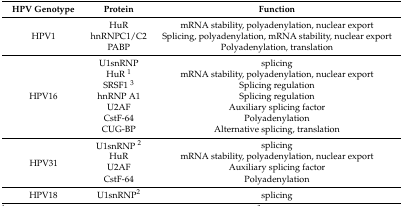
| HPV Genotype | Protein | Function |
 | --- | --- | --- |
 | <ROWSPAN=3> HPV1 | HuR | mRNA stability, polyadenylation, nuclear export |
 | hnRNPC1/C2 | Splicing, polyadenylation, mRNA stability, nuclear export |
 | PABP | Polyadenylation, translation |
 | <ROWSPAN=7> HPV16 | U1snRNP | splicing |
 | HuR 1 | mRNA stability, polyadenylation, nuclear export |
 | SRSF1 3 | Splicing regulation |
 | hnRNP A1 | Splicing regulation |
 | U2AF | Auxiliary splicing factor |
 | CstF-64 | Polyadenylation |
 | CUG-BP | Alternative splicing, translation |
 | <ROWSPAN=4> HPV31 | U1snRNP 2 | splicing |
 | HuR | mRNA stability, polyadenylation, nuclear export |
 | U2AF | Auxiliary splicing factor |
 | CstF-64 | Polyadenylation |
 | HPV18 | U1snRNP2 | splicing |